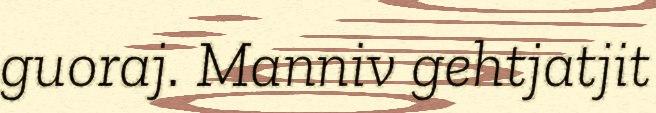
guoraj. Manniv gehtjatjit